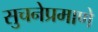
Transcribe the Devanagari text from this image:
सुचनेप्रमाणे